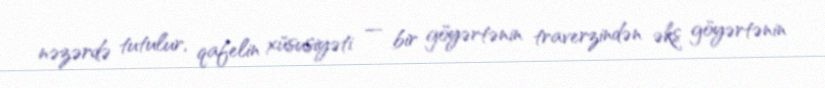
nəzərdə tutulur, qafelin xüsusiyəti — bir göyərtənin traverzindən əks göyərtənin